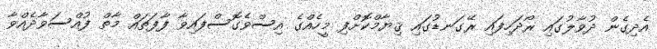
އެދިގެން ދުވާލުގައި ރޯދަހިފައި ރޭގަނޑުގައި ޤިޔާމްކޮށްފި މީހެއްގެ އިސްވެގޮސްފައިވާ ފާފަތައް މާތް ފުއްސަވާދެއްވާ